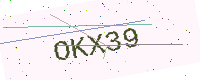
Text: OKX39